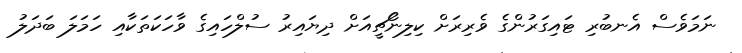
ނަމަވެސް އެނބުރި ޓައިގަރުންގެ ވެރިރަށް ކިލިނޯޗީއަށް ދިޔައިރު ސުލްހައިގެ ވާހަކަތަކާއި ހަމަލަ ބަދަލު